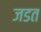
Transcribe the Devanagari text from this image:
जडत